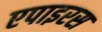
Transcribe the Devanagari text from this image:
एपाइरस